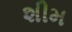
શીમ